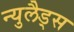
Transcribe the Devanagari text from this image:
न्युलैड्स